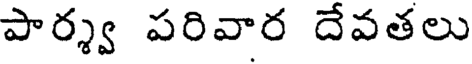
పార్శ్వ పరివార దేవతలు